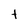
Character: t